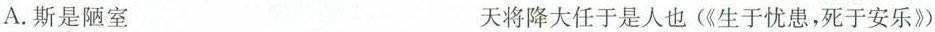
A.斯是陋室 天将降大任于是人也(《生于忧患，死于安乐》)